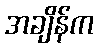
အချိန်က